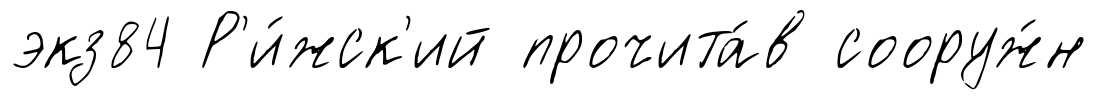
экз84 Р'и́жск'ий прочита́в сооруж́н